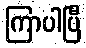
ကြာပါပြီ